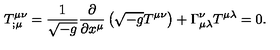
T _ { ; \mu } ^ { \mu \nu } = \frac { 1 } { \sqrt { - g } } \frac { \partial } { \partial x ^ { \mu } } \left( \sqrt { - g } T ^ { \mu \nu } \right) + \Gamma _ { \mu \lambda } ^ { \nu } T ^ { \mu \lambda } = 0 .